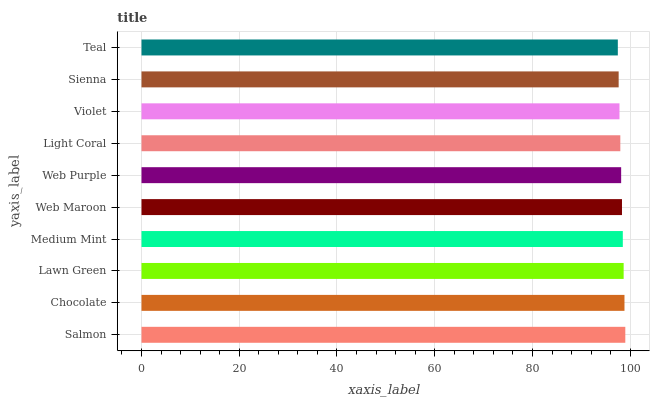
| yaxis_label | bars |
 | --- | --- |
 | Salmon | 99 |
 | Chocolate | 98.8 |
 | Lawn Green | 98.7 |
 | Medium Mint | 98.5 |
 | Web Maroon | 98.3 |
 | Web Purple | 98.1 |
 | Light Coral | 98 |
 | Violet | 97.8 |
 | Sienna | 97.6 |
 | Teal | 97.5 |